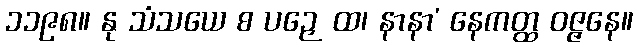
၁၁၉၈။ နု သံသယေ စ ပဉှေ ထ၊ နာနာ’ နေကတ္ထ ဝဇ္ဇနေ။